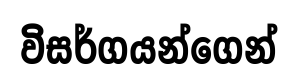
විසර්ගයන්ගෙන්